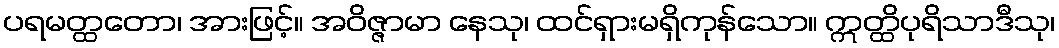
ပရမတ္ထတော၊ အားဖြင့်။ အဝိဇ္ဇာမာ နေသု၊ ထင်ရှားမရှိကုန်သော။ ဣတ္ထိပုရိသာဒီသု၊